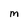
Character: M